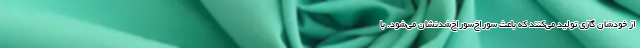
از خودشان گازی تولید می‌کنند که باعث سوراخ‌سوراخ‌شدنشان می‌شود. با